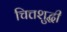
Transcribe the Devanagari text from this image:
चित्तशुद्धी